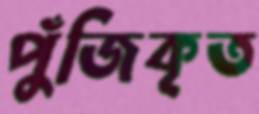
পুঁজিকৃত